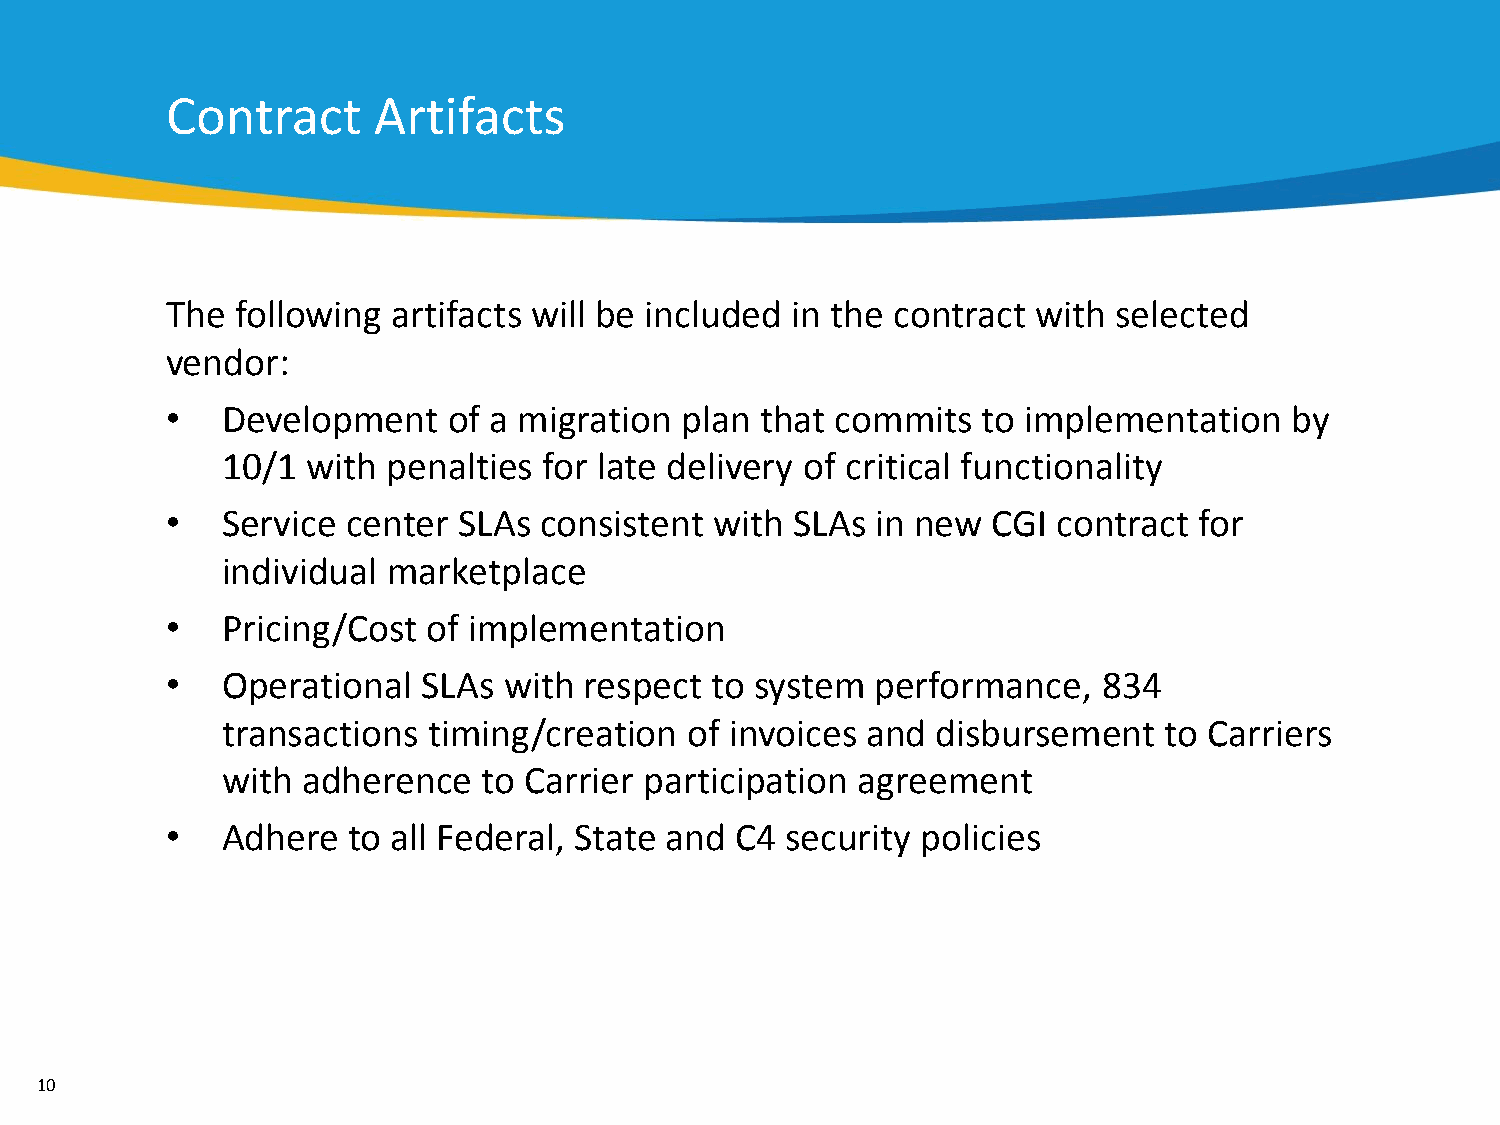
Contract      Artifacts
 The  following artifacts will be included in the contract with selected
 vendor:
 •   Development    of a migration plan that commits   to implementation   by
 10/1 with  penalties for late delivery of critical functionality
 •   Service center SLAs  consistent with  SLAs in new  CGI contract for
 individual marketplace
 •   Pricing/Cost of implementation
 •   Operational  SLAs with  respect to system  performance,   834
 transactions timing/creation   of invoices and disbursement   to Carriers
 with adherence   to Carrier participation agreement
 •   Adhere  to all Federal, State and C4 security policies
 10